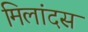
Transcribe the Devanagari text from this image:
मिलांदस